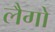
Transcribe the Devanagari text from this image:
लैगो